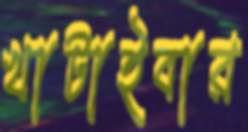
খাটাইবার